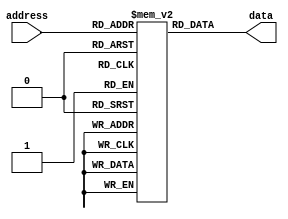
module rom(
    input wire [7:0] address,
    output reg [7:0] data
);

reg [7:0] memory [0:255];

initial begin
    // Initialize memory with data values
    memory[0] = 8'b00000000;
    memory[1] = 8'b00000001;
    // Add more initialization for remaining memory cells as needed
end

always @(*) begin
    // Decode address to select memory cell
    data = memory[address];
end

endmodule